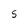
Character: S